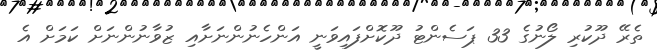
ތެރޭ ދޫކުރި ލޯނުގެ 33 ޕަސެންޓު ދޫކޮށްފައިވަނީ އަންހެނުންނަށާއި ޒުވާނުންނަށް ކަމަށް އެ